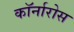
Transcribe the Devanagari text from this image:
कॉर्नारोस